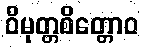
ဝိမုတ္တစိတ္တောဝ